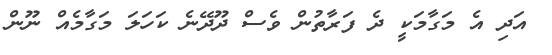
އަދި އެ މަގާމަކީ ދެ ފަރާތުން ވެސް ދޫދޭނެ ކަހަލަ މަގާމެއް ނޫން